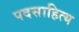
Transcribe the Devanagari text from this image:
पदसाहित्य